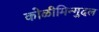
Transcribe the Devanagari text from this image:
कोळीमिन्गुदल